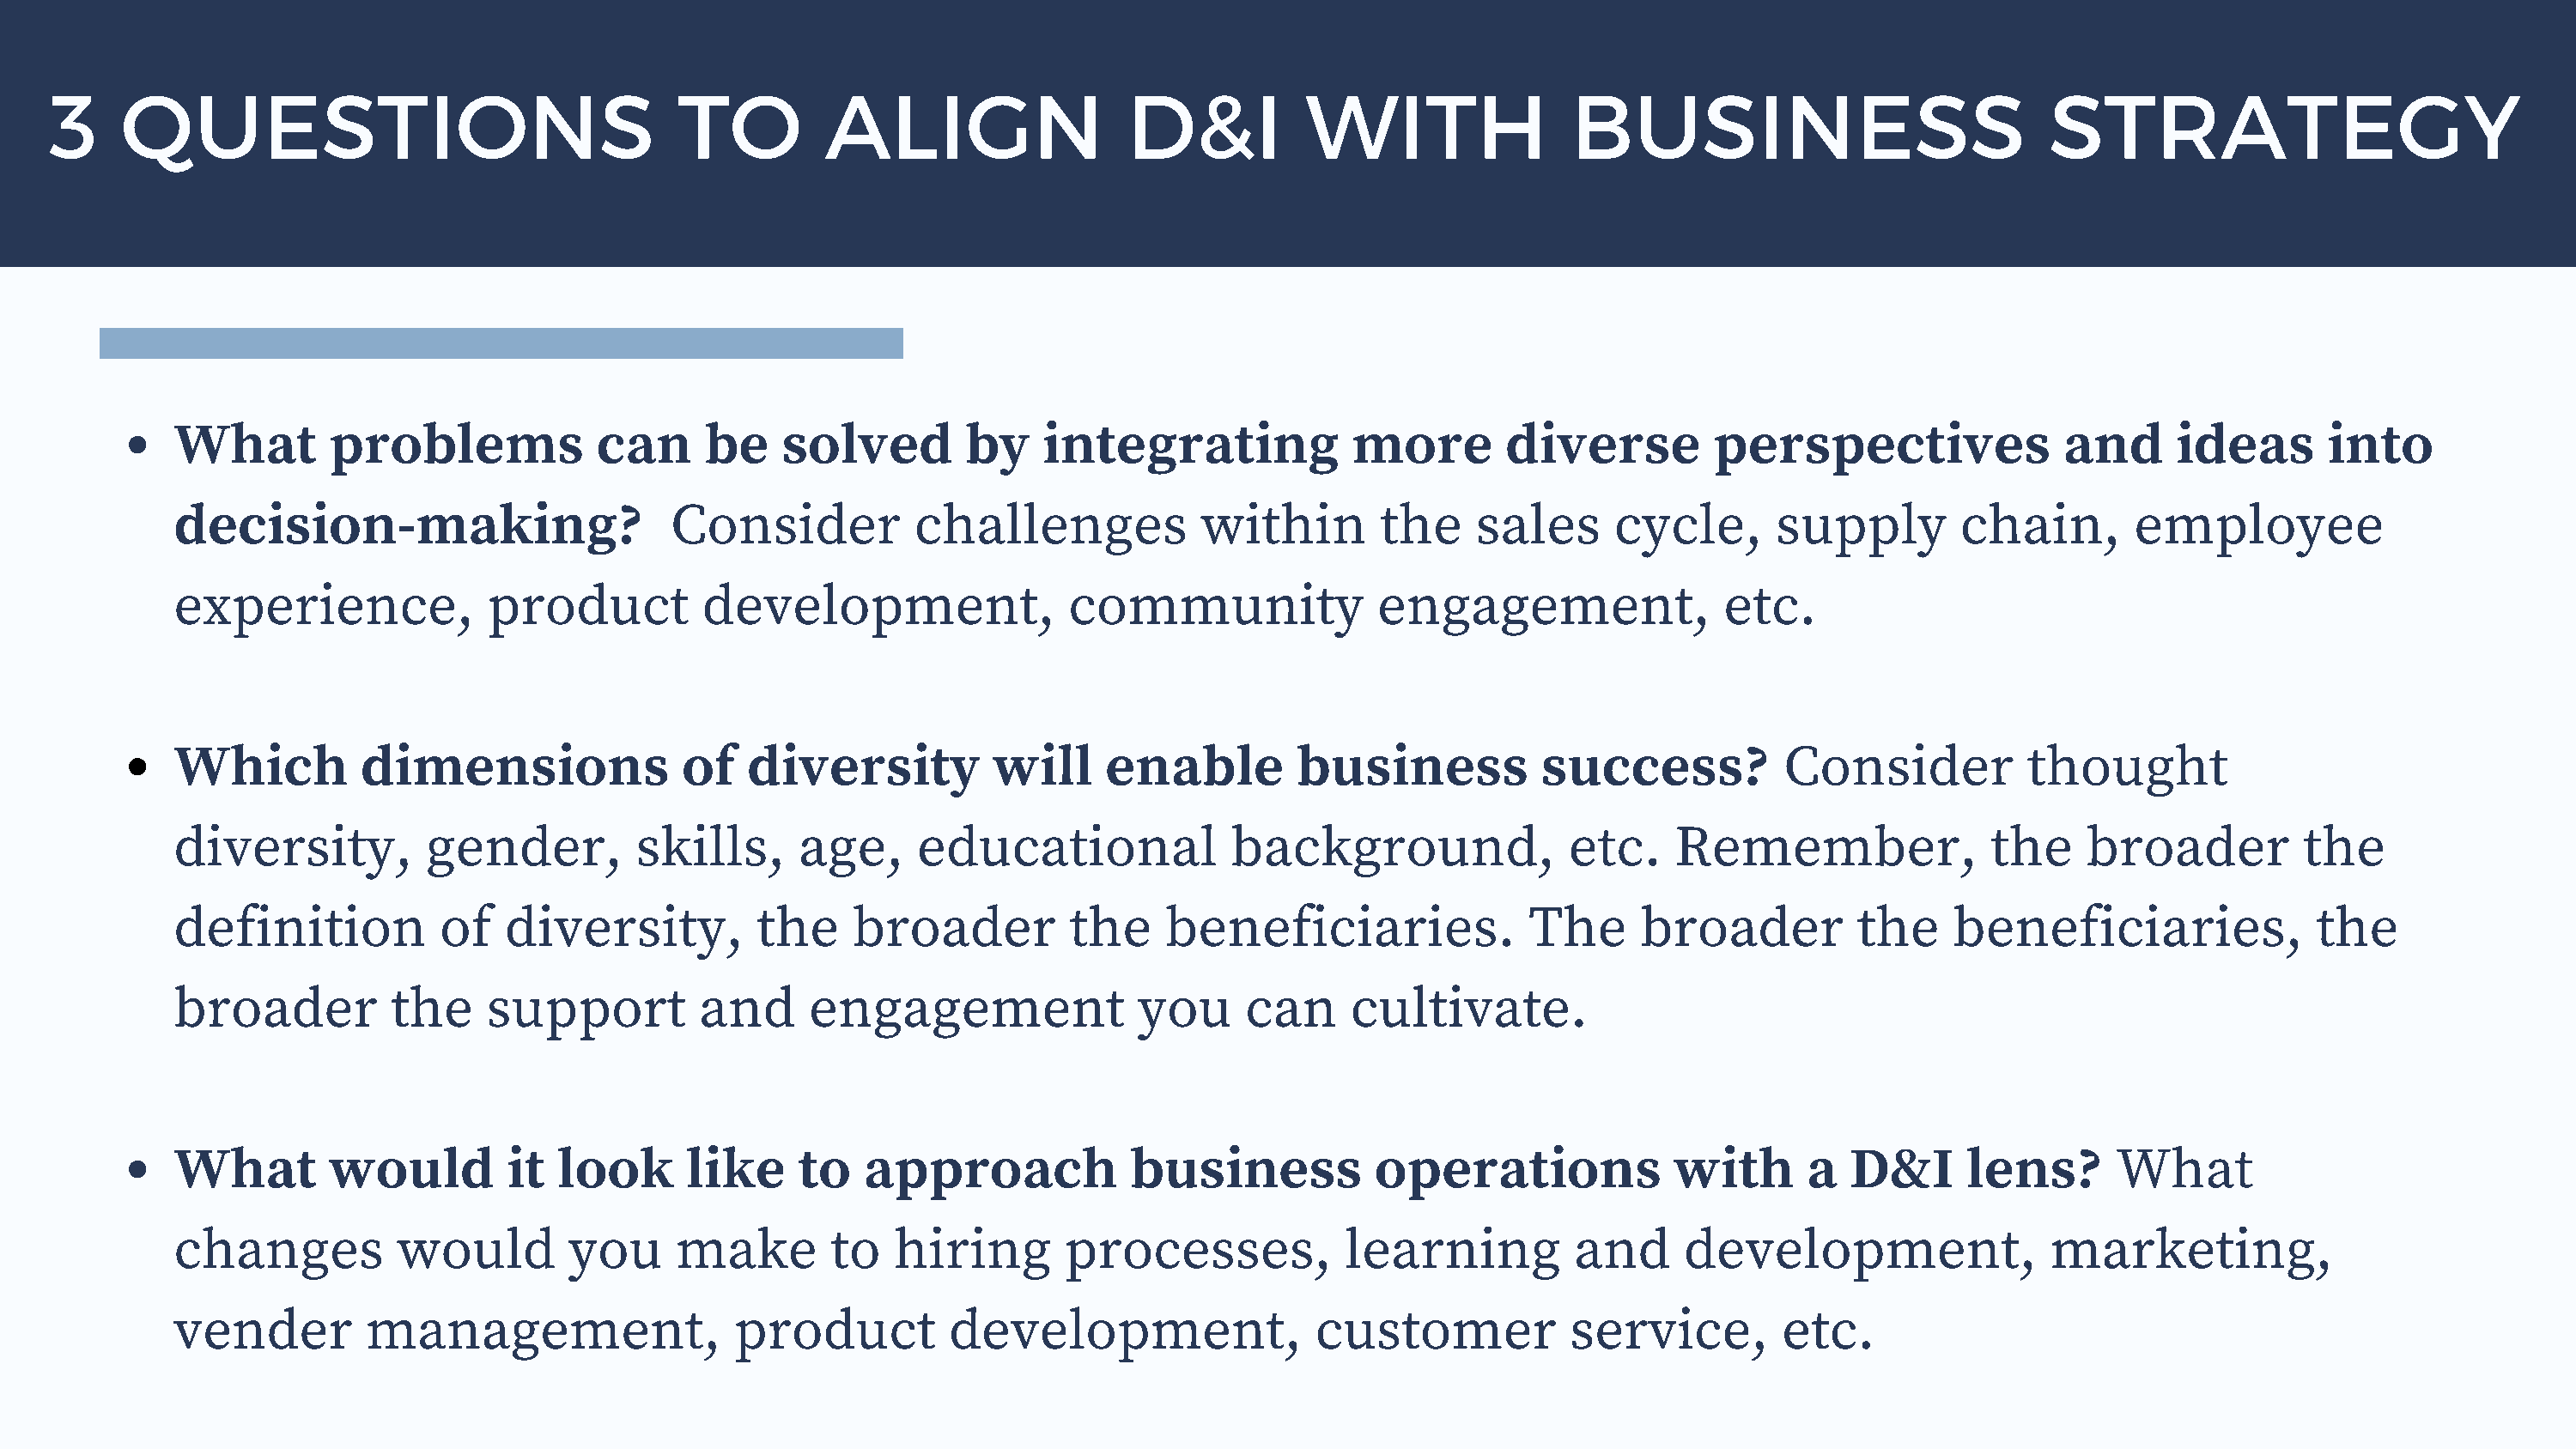
3    QUESTIONS                                  TO          ALIGN                  D&I           WITH                BUSINESS                             STRATEGY
 What        problems             can     be    solved        by    integrating             more        diverse         perspectives               and      ideas      into
 decision-making?                       Consider          challenges             within       the     sales     cycle,       supply        chain,        employee
 experience,              product         development,                community               engagement,                etc.
 Which          dimensions               of   diversity          will    enable         business           success?           Consider          thought
 diversity,          gender,         skills,      age,     educational             background,               etc.    Remember,               the     broader          the
 definition           of   diversity,         the     broader         the     beneficiaries.              The     broader          the     beneficiaries,              the
 broader          the     support         and     engagement                you     can     cultivate.
 What        would         it  look      like     to   approach            business           operations             with      a   D&I      lens?      What
 changes           would        you     make        to   hiring       processes,            learning         and      development,                marketing,
 vender         management,                  product         development,                customer            service,        etc.